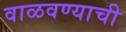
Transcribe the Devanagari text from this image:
वाळवण्याची